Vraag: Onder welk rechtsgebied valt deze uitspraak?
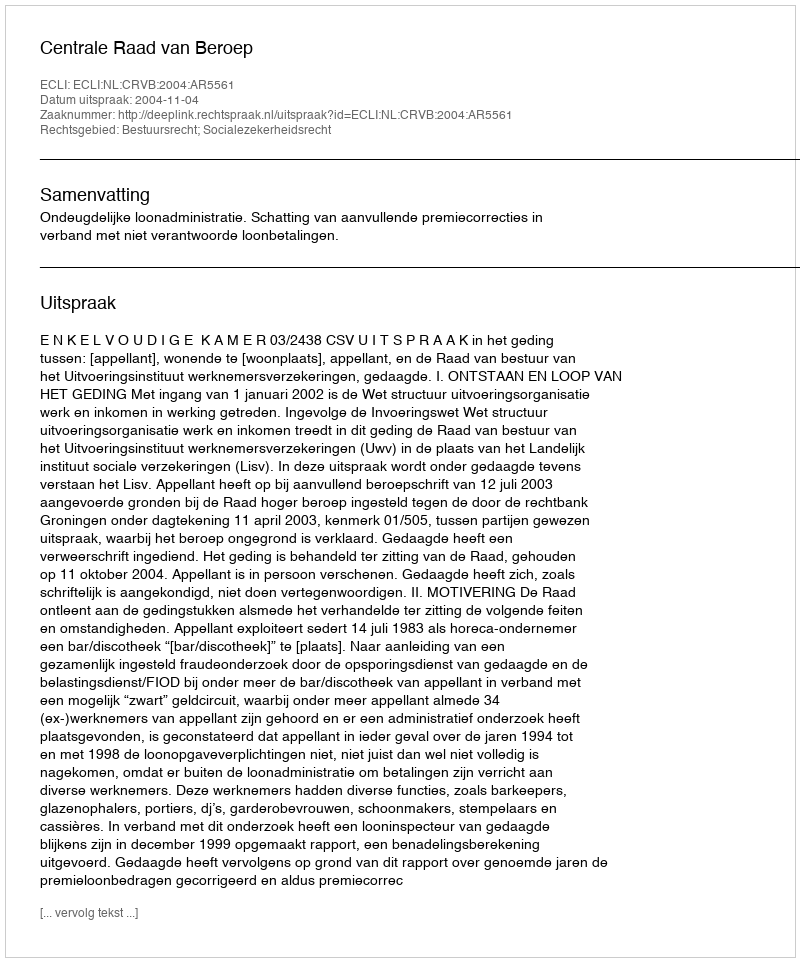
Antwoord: Bestuursrecht; Socialezekerheidsrecht